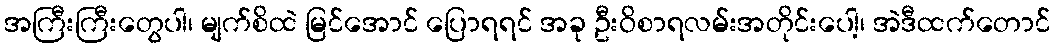
အကြီးကြီးတွေပါ၊ မျက်စိထဲ မြင်အောင် ပြောရရင် အခု ဦးဝိစာရလမ်းအတိုင်းပေါ့၊ အဲဒီထက်တောင်